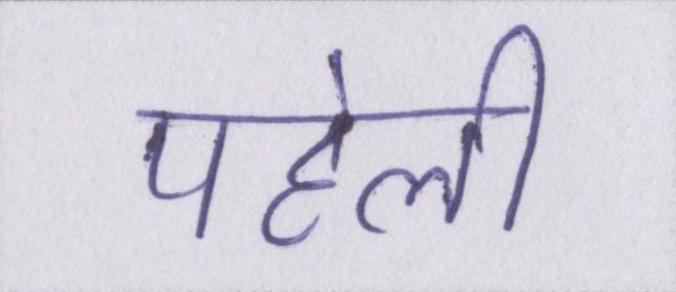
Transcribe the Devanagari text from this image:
पहेली